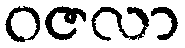
ဝဇလာ